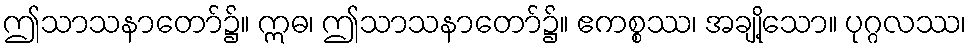
ဤသာသနာတော်၌။ ဣဓ၊ ဤသာသနာတော်၌။ ဧကစ္စဿ၊ အချို့သော။ ပုဂ္ဂလဿ၊